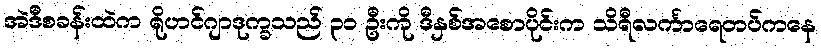
အဲဒီစခန်းထဲက ရိုဟင်ဂျာဒုက္ခသည် ၃၁ ဦးကို ဒီနှစ်အစောပိုင်းက သိရီလင်္ကာရေတပ်ကနေ